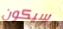
سيكون